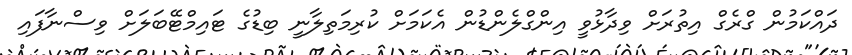
ދައްކަމުން ގްރެގް އިތުރަށް ވިދާޅުވީ އިންގްލެންޑުން އެކަމަށް ކުރިމަތިލާނީ ބިޑުގެ ޓައިމްޓޭބަލަށް ވިސްނާފައި